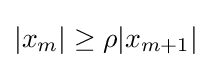
|x_{m}|\geq \rho |x_{m+1}|